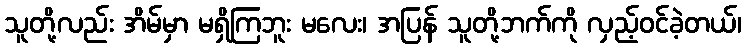
သူတို့လည်း အိမ်မှာ မရှိကြဘူး မလေး၊ အပြန် သူတို့ဘက်ကို လှည့်ဝင်ခဲ့တယ်၊